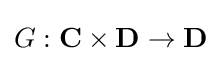
G:\mathbf {C} \times \mathbf {D} \to \mathbf {D}